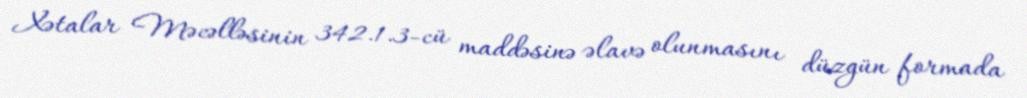
Xətalar Məcəlləsinin 342.1.3-cü maddəsinə əlavə olunmasını düzgün formada